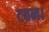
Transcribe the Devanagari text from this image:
टबन।